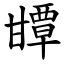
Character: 㽑